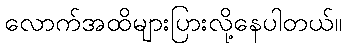
လောက်အထိများပြားလို့နေပါတယ်။